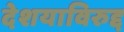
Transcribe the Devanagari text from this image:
देशयाविरुद्द